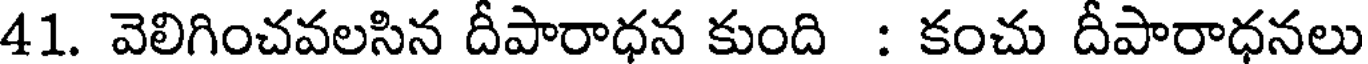
41. వెలిగించవలసిన దీపారాధన కుంది : కంచు దీపారాధనలు